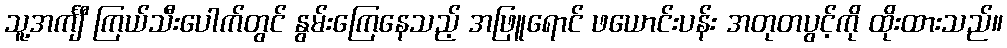
သူ့အင်္ကျီ ကြယ်သီးပေါက်တွင် နွမ်းကြေနေသည့် အဖြူရောင် ဖယောင်းပန်း အတုတပွင့်ကို ထိုးထားသည်။